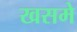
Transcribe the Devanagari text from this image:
खसमे